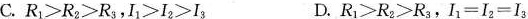
B.$$R _ { 1 } ＞ R _ { 2 } ＞ R _ { 3 }$$，$$I _ { 1 } ＞ I _ { 2 } ＞ I _ { 3 }$$ C.R _ { 1 } ＞ R _ { 2 } ＞ R _ { 3 }，$$I _ { 1 } = I _ { 2 } = I _ { 3 }$$